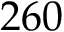
2 6 0